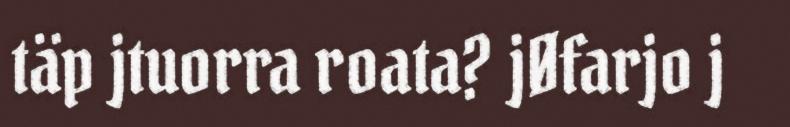
täp jtuorra roata? jØfarjo j